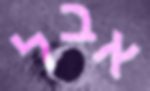
אבל